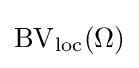
\operatorname {\operatorname {BV} } _{\text{loc}}(\Omega )